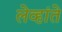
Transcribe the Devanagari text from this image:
लेव्हांते